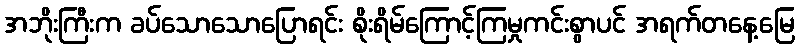
အဘိုးကြီးက ခပ်သောသောပြောရင်း စိုးရိမ်ကြောင့်ကြမှုကင်းစွာပင် အရက်တနေ့မြေ